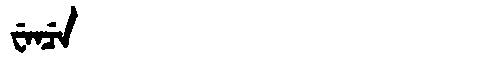
Manchu: ᠸᡝᠨᠴᡝ
Romanization: WENCE